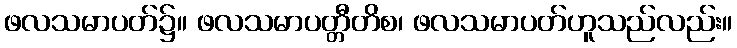
ဖလသမာပတ်၌။ ဖလသမာပတ္တီတိစ၊ ဖလသမာပတ်ဟူသည်လည်း။